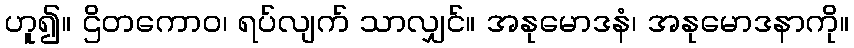
ဟူ၍။ ဌိတကောဝ၊ ရပ်လျက် သာလျှင်။ အနုမောဒနံ၊ အနုမောဒနာကို။